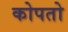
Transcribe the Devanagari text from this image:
कोपतो